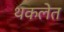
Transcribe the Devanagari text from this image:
थकलेत